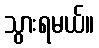
သွားရမယ်။